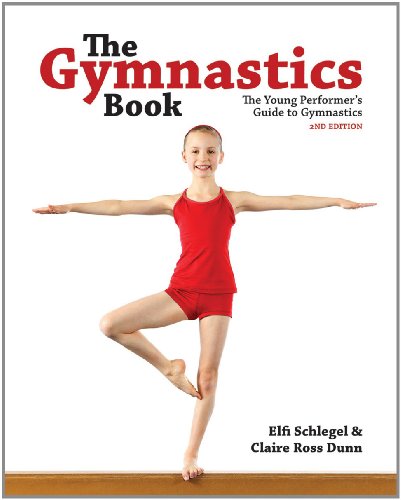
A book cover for The Gymnastics Book: The Young Performer's Guide to Gymnastics; Elfi Schlegel; Children's Books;